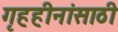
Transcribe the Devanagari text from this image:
गृहहीनांसाठी